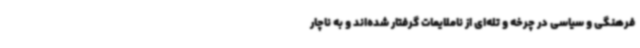
فرهنگی و سیاسی در چرخه و تله‌ای از ناملایمات گرفتار شده‌اند و به ناچار